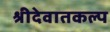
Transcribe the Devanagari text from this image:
श्रीदेवातकल्प